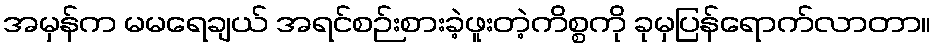
အမှန်က မမရေချယ် အရင်စဉ်းစားခဲ့ဖူးတဲ့ကိစ္စကို ခုမှပြန်ရောက်လာတာ။